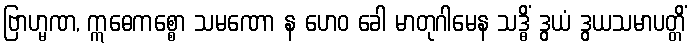
ဗြာဟ္မဏ, ဣဓေကစ္စော သမဏော န ဟေဝ ခေါ မာတုဂါမေန သဒ္ဓိံ ဒွယံ ဒွယသမာပတ္တိံ